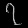
Digit: ၇